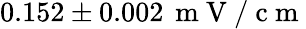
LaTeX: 0.152\pm 0.002\, \mathrm{~m~V~/~c~m~}